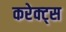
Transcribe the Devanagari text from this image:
करेक्ट्स